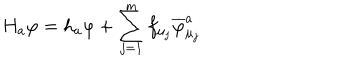
H _ { a } \varphi = h _ { a } \varphi + \sum _ { j = 1 } ^ { m } f _ { \mu _ { j } } \overline { { { \varphi } } } _ { \mu _ { j } } ^ { a }